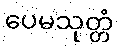
ပေမသုတ္တံ